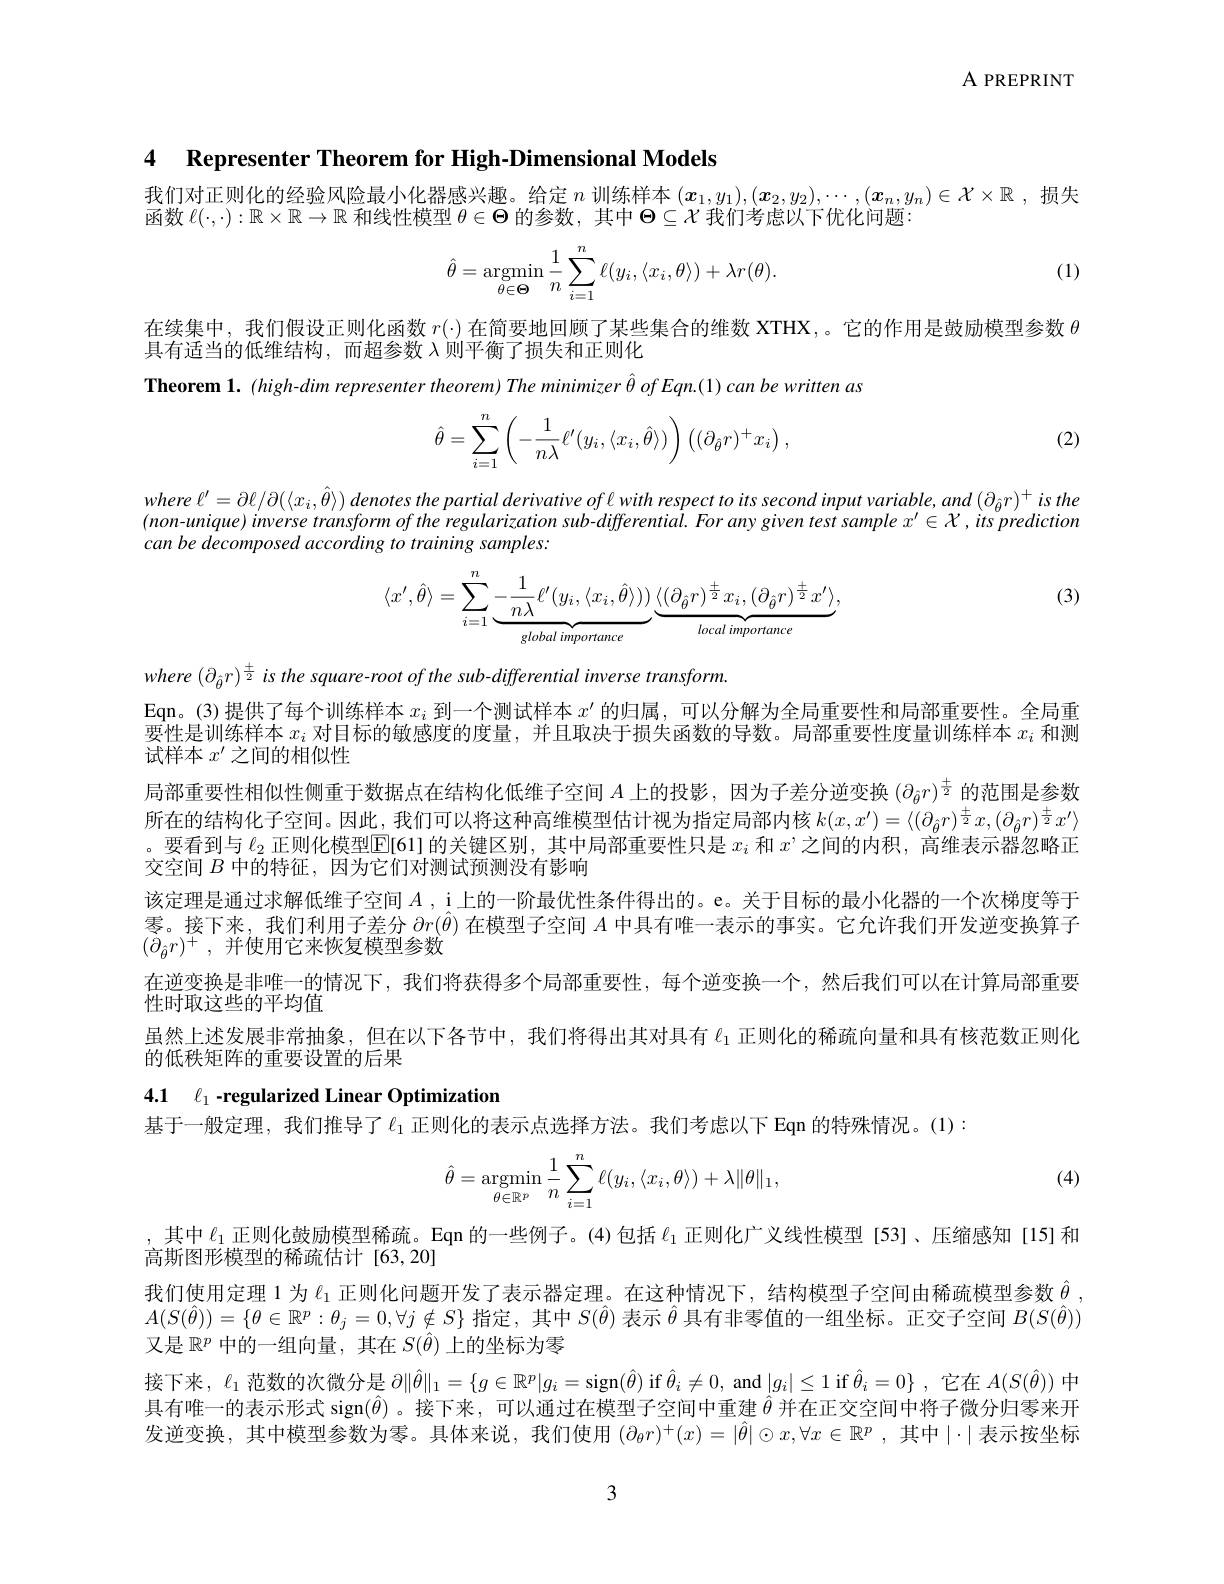
A PREPRINT

4 Representer Theorem for High-Dimensional Models

我们对正则化的经验风险最小化器感兴趣。给定$n$训练样本$(\boldsymbol{x}_1,y_1),(\boldsymbol{x}_2,y_2),\cdots,(\boldsymbol{x}_n,y_n)\in\mathcal{X}\times\mathbb{R}$ ,损失
函数$\ell(\cdot,\cdot):\mathbb{R}\times\mathbb{R}\to\mathbb{R}$和线性模型$\theta\in\Theta$的参数，其中$\Theta\subseteq\mathcal{X}$我们考虑以下优化问题：

(1)
$$\hat{\theta}=\underset{\theta\in\boldsymbol{\Theta}}{\operatorname*{argmin}}\frac{1}{n}\sum_{i=1}^{n}\ell(y_i,\langle x_i,\theta\rangle)+\lambda r(\theta).$$
在续集中，我们假设正则化函数$r(\cdot)$在简要地回顾了某些集合的维数 XTHX,。它的作用是鼓励模型参数$\theta$
具有适当的低维结构，而超参数$\lambda$则平衡了损失和正则化
Theorem 1. (high-dim representer theorem) The minimizer $\hat{\theta } \textit{of Eqn. ( 1) can be written as}$

(2)
$$\hat{\theta}=\sum\limits_{i=1}^n\left(-\frac{1}{n\lambda}\ell'(y_i,\langle x_i,\hat{\theta}\rangle)\right)\left((\partial_{\hat{\theta}}r)^+x_i\right),$$
where $\ell ^{\prime }= \partial \ell / \partial ( \langle x_i, \hat{\theta } \rangle )$ denotes the partial derivative $of$ $l$ with respect $to$ its second input $variable$, and $( \partial _{\hat{\theta } }r) ^{+ }$ $is$ the $(non-unique)inverse$ transform of the regularization sub-differential. For any given test sample x' € X , its prediction can be decomposed according to training samples:

(3)
$$\langle x',\hat\theta\rangle=\sum_{i=1}^n\underbrace{-\frac{1}{n\lambda}\ell'(y_i,\langle x_i,\hat\theta\rangle)}_{global\:importance}\underbrace{\langle(\partial_{\hat\theta}r)^{\frac{\pm}{2}}x_i,(\partial_{\hat\theta}r)^{\frac{\pm}{2}}x'\rangle}_{local\:importance},$$
where $(\partial_{\hat{\theta}}r)^{\frac{\pm}{2}}is$ the square-root of the sub-differential inverse transform.

Eqn。(3)提供了每个训练样本$x_i$到一个测试样本$x^\prime$的归属，可以分解为全局重要性和局部重要性。全局重

要性是训练样本$x_i$对目标的敏感度的度量，并且取决于损失函数的导数。局部重要性度量训练样本$x_i$和测
试样本$x^\prime$之间的相似性
局部重要性相似性侧重于数据点在结构化低维子空间$A$上的投影 ,因为子差分逆变换$(\partial_{\hat{\theta}}r)^{\frac{\pm}{2}}$的范围是参数所在的结构化子空间。因此，我们可以将这种高维模型估计视为指定局部内核$k(x,x^{\prime})=\langle(\partial_{\hat{\theta}}r)^{\frac{\pm}{2}}x,(\partial_{\hat{\theta}}r)^{\frac{\pm}{2}}x^{\prime}\rangle$ 。要看到与$\ell_2$正则化模型$\mathbb{E}[61]$的关键区别，其中局部重要性只是$x_i$和$x’$之间的内积，高维表示器忽略正交空间$B$中的特征，因为它们对测试预测没有影响
该定理是通过求解低维子空间$A$, i上的一阶最优性条件得出的。e。关于目标的最小化器的一个次梯度等于零。接下来，我们利用子差分$\partial r(\hat{\theta})$在模型子空间$A$中具有唯一表示的事实。它允许我们开发逆变换算子$( \dot{\partial } _{\hat{\theta } }r) ^{+ }$ , 并使用它来恢复模型参数
在逆变换是非唯一的情况下，我们将获得多个局部重要性，每个逆变换一个，然后我们可以在计算局部重要
性时取这些的平均值
虽然上述发展非常抽象，但在以下各节中，我们将得出其对具有$\ell_{1}$正则化的稀疏向量和具有核范数正则化
的低秩矩阵的重要设置的后果
4.1 $\ell_{1}$ -regularized Linear Optimization

基于一般定理，我们推导了$\ell_{1}$ 正则化的表示点选择方法。我们考虑以下 Eqn 的特殊情况。(1):

(4)
$$\hat{\theta}=\mathop{\mathrm{argmin}}\limits_{\theta\in\mathbb{R}^p}\frac{1}{n}\sum\limits_{i=1}^n\ell(y_i,\langle x_i,\theta\rangle)+\lambda\|\theta\|_1,$$
,其中$\ell_{1}$正则化鼓励模型稀疏。Eqn 的一些例子。(4)包括$\ell_{1}$正则化广义线性模型 [53]、压缩感知[15]和
高斯图形模型的稀疏估计[63,20]
我们使用定理 1 为$\ell_{1}$正则化问题开发了表示器定理。在这种情况下，结构模型子空间由稀疏模型参数$\hat{\theta}$ $A(S(\hat{\theta}))=\{\theta\in\mathbb{R}^{p}:\theta_{j}=0,\forall j\notin S\}$指定，其中$S(\hat{\theta})$表示$\hat{\theta}$具有非零值的一组坐标。正交子空间$B(S(\hat{\theta}))$ 又是$\mathbb{R}^p$中的一组向量，其在$S(\hat{\theta})$上的坐标为零
接下来，$\ell_1$范数的次微分是$\partial\|\hat{\theta}\|_1=\{g\in\mathbb{R}^p|g_i=$sign$(\hat{\theta})$ if $\hat{\theta}_i\neq0$, and $|g_i|\leq1$ if $\hat{\theta}_i=0\}$ ,它在$A(S(\hat{\theta}))$中具有唯一的表示形式 sign$(\hat{\theta})$ 。接下来，可以通过在模型子空间中重建$\hat{\theta}$并在正交空间中将子微分归零来开发逆变换，其中模型参数为零。具体来说，我们使用$(\partial_\theta r)^+(x)=|\hat{\theta}|\odot x,\forall x\in\mathbb{R}^p$ ,其中$|\cdot|$表示按坐标

3